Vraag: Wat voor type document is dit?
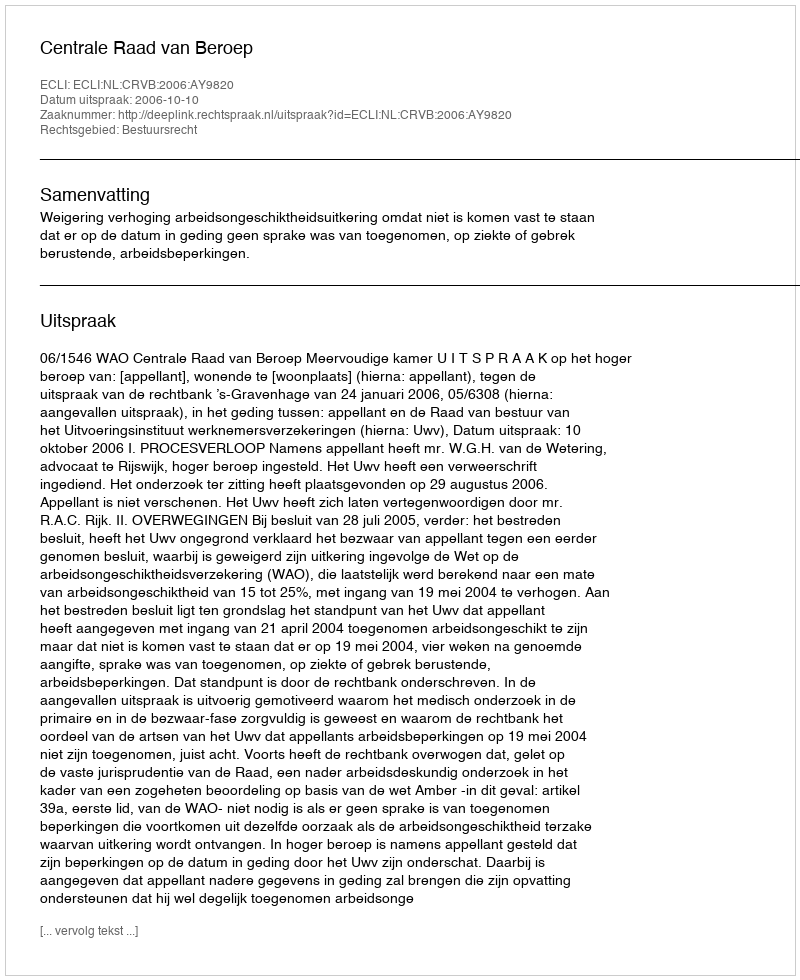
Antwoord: Uitspraak